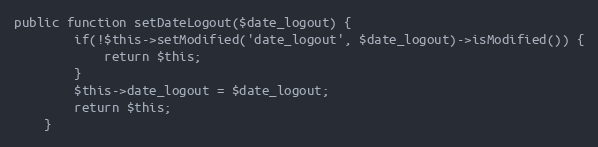
Language: PHP
public function setDateLogout($date_logout) {
        if(!$this->setModified('date_logout', $date_logout)->isModified()) {
            return $this;
        }
		$this->date_logout = $date_logout;
		return $this;
    }